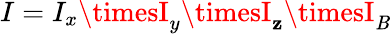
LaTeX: I=I_{x}\timesI_{y}\timesI_{\mathbf{z}}\timesI_{\mathit{B}}